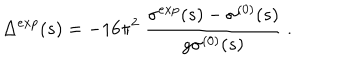
LaTeX: \Delta ^ { e x p } ( s ) = - 1 6 \pi ^ { 2 } \ \frac { \sigma ^ { e x p } ( s ) - \sigma ^ { ( 0 ) } ( s ) } { g \sigma ^ { ( 0 ) } ( s ) } \ .